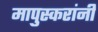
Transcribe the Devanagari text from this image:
मापुस्करांनी